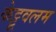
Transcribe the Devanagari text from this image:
केट्टूवलम